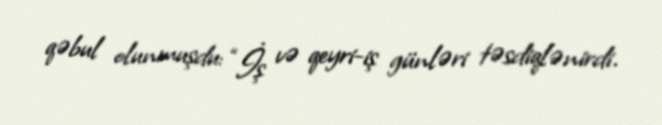
qəbul olunmuşdu: “İş və qeyri-iş günləri təsdiqlənirdi.